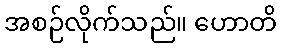
အစဉ်လိုက်သည်။ ဟောတိ